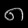
Digit: ၈